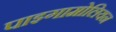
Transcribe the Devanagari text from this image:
पाइगामोलियन